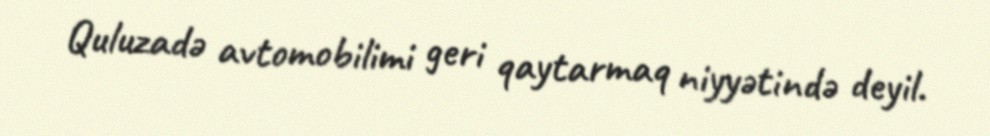
Quluzadə avtomobilimi geri qaytarmaq niyyətində deyil.